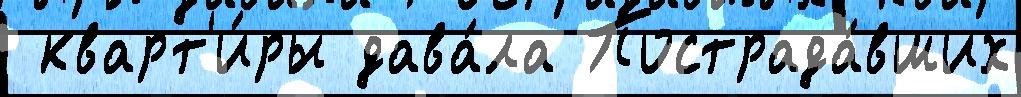
 кварт'и́ры дава́ла Пострада́вших